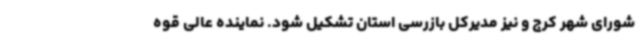
شورای شهر کرج و نیز مدیرکل بازرسی استان تشکیل شود. نماینده عالی قوه